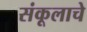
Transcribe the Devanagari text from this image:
संकूलाचे